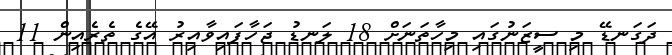
ދަގަނޑޭ މި ސީޒަނުގައި މިހާތަނަށް 18 ލަނޑު ޖަހާފައިވާއިރު އޭގެ ތެރެއިން 11